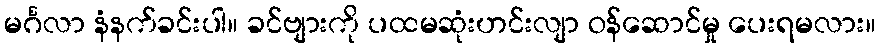
မင်္ဂလာ နံနက်ခင်းပါ။ ခင်ဗျားကို ပထမဆုံးဟင်းလျာ ဝန်ဆောင်မှု ပေးရမလား။